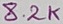
Text: 8.2K